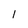
Character: 1